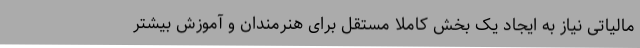
مالیاتی نیاز به ایجاد یک بخش کاملا مستقل برای هنرمندان و آموزش بیشتر